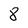
Character: 8